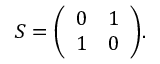
S = { \left( \begin{array} { l l } { 0 } & { 1 } \\ { 1 } & { 0 } \end{array} \right) } .